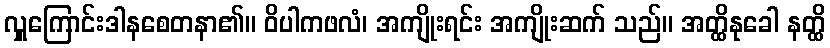
လှူကြောင်းဒါနစေတနာ၏။ ဝိပါကဖလံ၊ အကျိုးရင်း အကျိုးဆက် သည်။ အတ္ထိနုခေါ နတ္ထိ